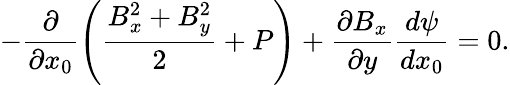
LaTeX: -\frac{\partial}{\partial x_{0}}\left(\frac{B_{x}^{2}+B_{y}^{2}}{2}+P\right)+\frac{\partial B_{x}}{\partial y}\frac{d\psi}{dx_{0}}=0.